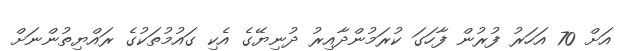
އަށް 70 އަހަރު ފުރުން ފާހަގަ ކުރަމުންދާއިރު ދުނިޔޭގެ އެކި ގައުމުތަކުގެ ރައްޔިތުންނަށް